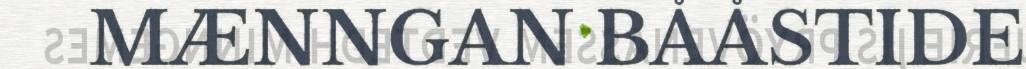
MÆNNGAN BÅÅSTIDE